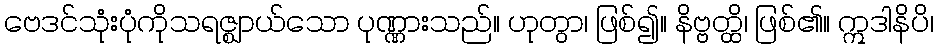
ဗေဒင်သုံးပုံကိုသရဇ္ဈာယ်သော ပုဏ္ဏားသည်။ ဟုတွာ၊ ဖြစ်၍။ နိဗ္ဗတ္ထိ၊ ဖြစ်၏။ ဣဒါနိပိ၊